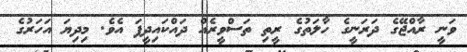
ވަނީ ރާއްޖޭގެ ދަރަނީގެ ހާލަތުގެ ރީތި ތަސްވީރެއް ދައްކައިދީފަ އެވެ. މިދިޔަ އަހަރުގެ